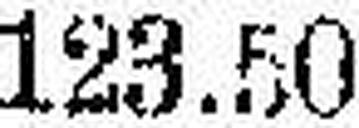
123.50